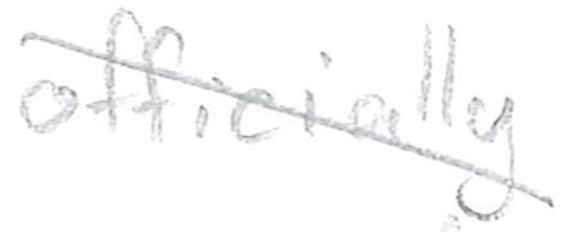
Text: officially
Cross-out: diagonal
Writing tool: pencil